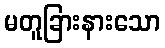
မတူခြားနားသော